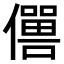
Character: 𠐠